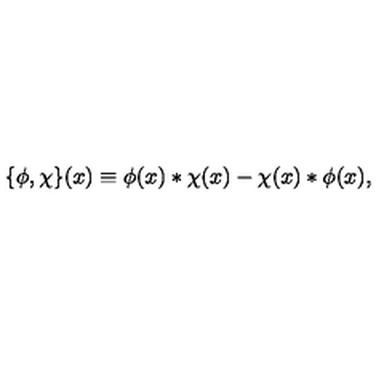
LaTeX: \{ \phi , \chi \} ( x ) \equiv \phi ( x ) * \chi ( x ) - \chi ( x ) * \phi ( x ) ,